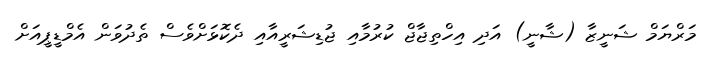
މަރްޔަމް ޝަނީޒާ (ޝާނީ) އަދި އިހްތިޖާޖް ކުރުމާއި ޖުޑިޝަރީއާއި ދެކޮޅަށްވެސް ތެދުވަން އެމްޑީޕީއަށް